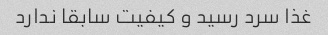
غذا سرد رسید و کیفیت سابقا ندارد